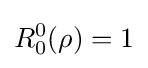
R_{0}^{0}(\rho )=1